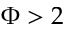
\Phi > 2